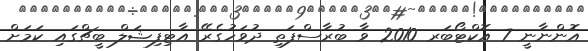
އޮންނާނީ 7 އޮކްޓޯބަރ 2010 ވާ ބުރާސްފަތި ދުވަހުގެރޭ އާޓިފިޝަލް ބީޗްގައި ކަމަށް